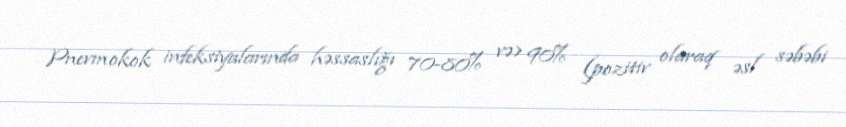
Pnevmokok infeksiyalarında həssaslığı 70-80% və> 90% (pozitiv olaraq əsl səbəbi